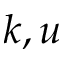
k , u